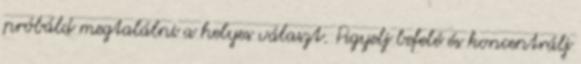
próbáld megtalálni a helyes választ. Figyelj befelé és koncentrálj